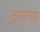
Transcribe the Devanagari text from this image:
द्रष्तव्य